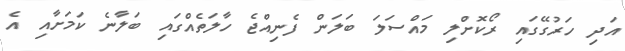
އަދި ހަރުގޭގައި ރޯކޮށްލި މައްސަލަ ބަލަން ފެނިއްޖެ ހާލަތެއްގައި ބަލާނެ ކަމަށާއި އެ